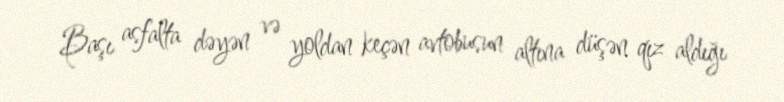
Başı asfalta dəyən və yoldan keçən avtobusun altına düşən qız aldığı